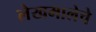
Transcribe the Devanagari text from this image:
लेखमालेचे